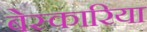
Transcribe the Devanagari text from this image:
बेस्कारिया